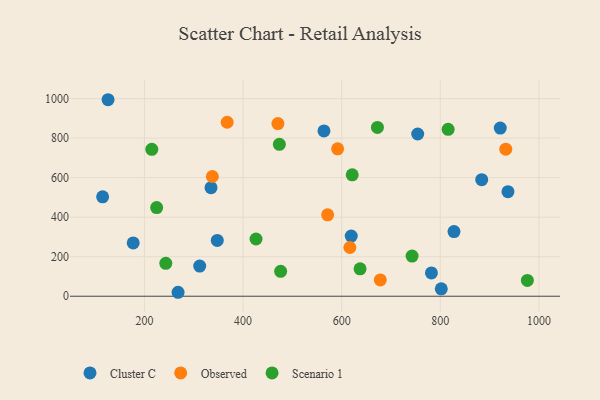
{"axis": {"x": "Study Hours", "y": "Profit"}, "legend": ["Cluster C", "Observed", "Scenario 1"], "data": [{"x": "921.6", "y": 851.0, "type": "Cluster C"}, {"x": "347.7", "y": 282.5, "type": "Cluster C"}, {"x": "564.1", "y": 836.5, "type": "Cluster C"}, {"x": "884.0", "y": 589.7, "type": "Cluster C"}, {"x": "782.0", "y": 117.7, "type": "Cluster C"}, {"x": "115.2", "y": 503.1, "type": "Cluster C"}, {"x": "335.0", "y": 549.4, "type": "Cluster C"}, {"x": "802.0", "y": 37.5, "type": "Cluster C"}, {"x": "126.2", "y": 994.4, "type": "Cluster C"}, {"x": "754.2", "y": 820.9, "type": "Cluster C"}, {"x": "177.2", "y": 269.6, "type": "Cluster C"}, {"x": "312.1", "y": 152.4, "type": "Cluster C"}, {"x": "827.8", "y": 327.3, "type": "Cluster C"}, {"x": "268.2", "y": 20.0, "type": "Cluster C"}, {"x": "937.2", "y": 529.0, "type": "Cluster C"}, {"x": "619.4", "y": 304.4, "type": "Cluster C"}, {"x": "470.7", "y": 873.8, "type": "Observed"}, {"x": "932.8", "y": 744.0, "type": "Observed"}, {"x": "591.8", "y": 745.9, "type": "Observed"}, {"x": "678.3", "y": 82.5, "type": "Observed"}, {"x": "337.7", "y": 605.9, "type": "Observed"}, {"x": "616.6", "y": 246.5, "type": "Observed"}, {"x": "367.8", "y": 880.5, "type": "Observed"}, {"x": "571.5", "y": 412.0, "type": "Observed"}, {"x": "637.3", "y": 138.6, "type": "Scenario 1"}, {"x": "672.5", "y": 854.4, "type": "Scenario 1"}, {"x": "815.9", "y": 844.7, "type": "Scenario 1"}, {"x": "224.8", "y": 448.6, "type": "Scenario 1"}, {"x": "621.4", "y": 614.4, "type": "Scenario 1"}, {"x": "243.3", "y": 166.4, "type": "Scenario 1"}, {"x": "214.9", "y": 743.3, "type": "Scenario 1"}, {"x": "473.6", "y": 768.6, "type": "Scenario 1"}, {"x": "476.2", "y": 125.8, "type": "Scenario 1"}, {"x": "976.6", "y": 79.9, "type": "Scenario 1"}, {"x": "426.3", "y": 289.5, "type": "Scenario 1"}, {"x": "742.8", "y": 203.0, "type": "Scenario 1"}]}